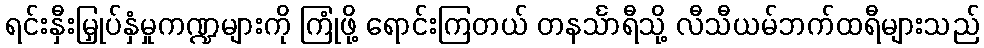
ရင်းနှီးမြှုပ်နှံမှုကဏ္ဍများကို ကြုံဖို့ ရောင်းကြတယ် တနင်္သာရီသို့ လီသီယမ်ဘက်ထရီများသည်